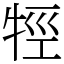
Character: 牼